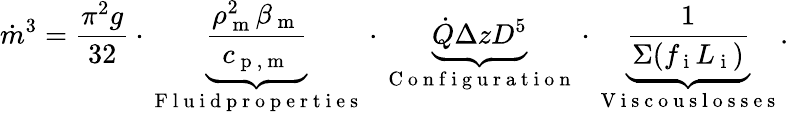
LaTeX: \dot{m}^{3}=\frac{\pi^{2}g}{32}\cdot{\underbrace{\frac{\rho_{\mathrm{~m~}}^{2}\beta_{\mathrm{~m~}}}{c_{\mathrm{~p~,~m~}}}}_{\mathrm{~F~l~u~i~d~p~r~o~p~e~r~t~i~e~s~}}}\cdot\underbrace{\dot{Q}\Delta zD^{5}}_{\mathrm{~C~o~n~f~i~g~u~r~a~t~i~o~n~}}\cdot\underbrace{\frac{1}{\Sigma(f_{\mathrm{~i~}}L_{\mathrm{~i~}})}}_{\mathrm{~V~i~s~c~o~u~s~l~o~s~s~e~s~}}.